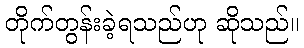
တိုက်တွန်းခဲ့ရသည်ဟု ဆိုသည်။